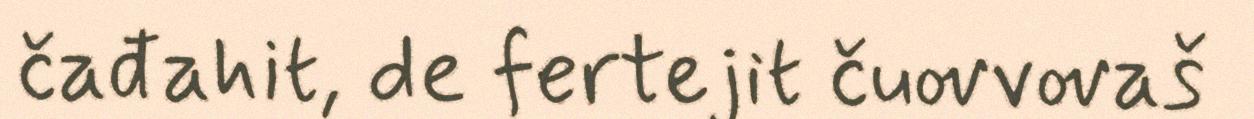
čađahit, de fertejit čuovvovaš